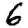
Digit: 6